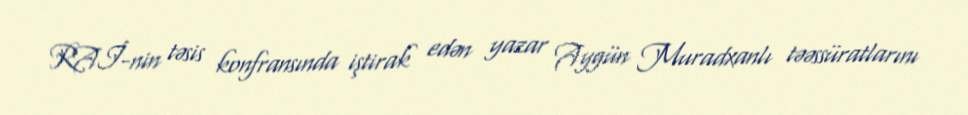
RAİ-nin təsis konfransında iştirak edən yazar Aygün Muradxanlı təəssüratlarını